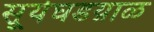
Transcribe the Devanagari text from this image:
सूर्यघडय़ाळ